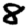
Digit: 8